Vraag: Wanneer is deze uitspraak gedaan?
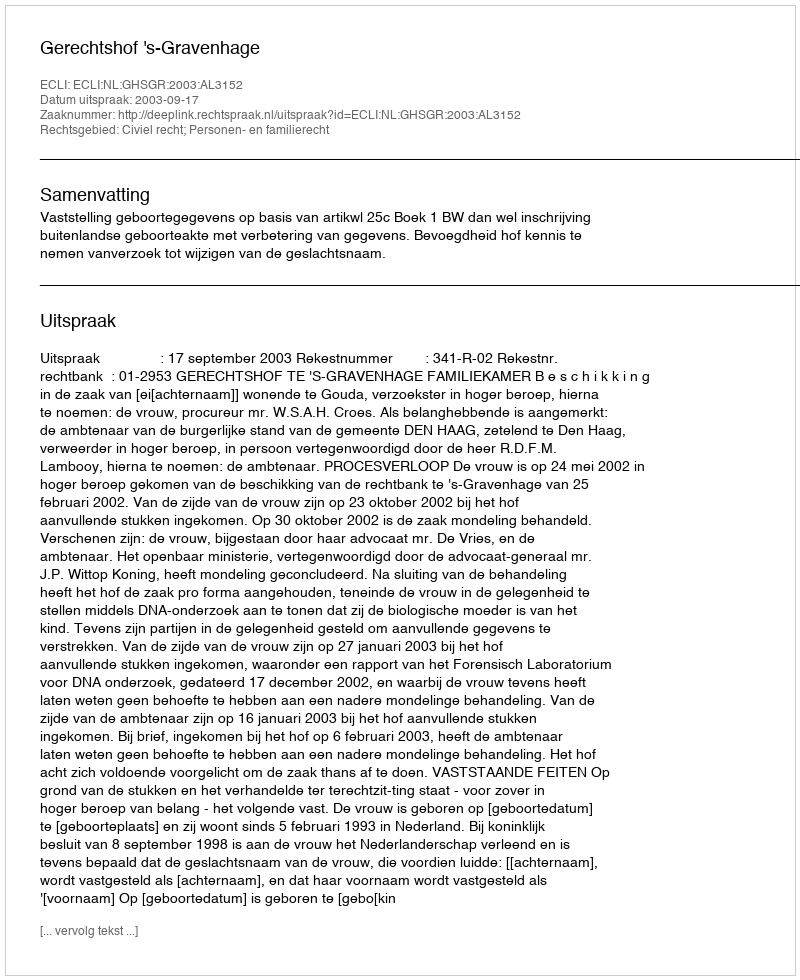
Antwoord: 2003-09-17